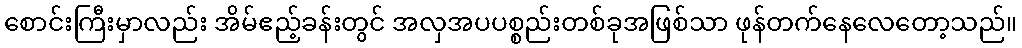
စောင်းကြီးမှာလည်း အိမ်ဧည့်ခန်းတွင် အလှအပပစ္စည်းတစ်ခုအဖြစ်သာ ဖုန်တက်နေလေတော့သည်။